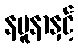
နမူနာနှင့်